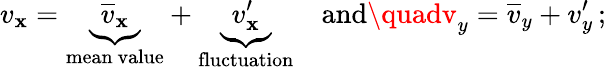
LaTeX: v_{\mathbf{x}}=\underbrace{{{\overline{{{v}}}}_{\mathbf{x}}}}_{\mathrm{{mean~value}}}+\underbrace{{v_{\mathbf{x}}^{\prime}}}_{\mathrm{{fluctuation}}}\quad{\mathrm{{and}}}\quadv_{y}={\overline{{{v}}}}_{y}+v_{y}^{\prime}\, ;